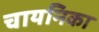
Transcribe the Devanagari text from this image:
चायनिका